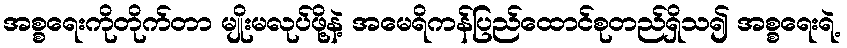
အစ္စရေးကိုတိုက်တာ မျိုးမလုပ်ဖို့နဲ့ အမေရိကန်ပြည်ထောင်စုတည်ရှိသ၍ အစ္စရေးရဲ့